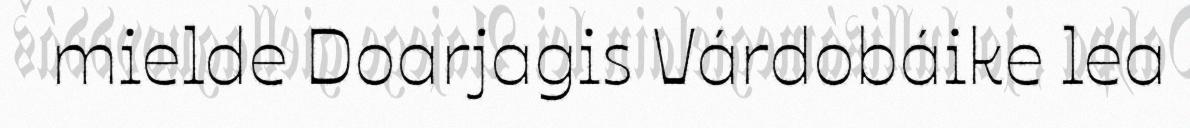
mielde Doarjagis Várdobáike lea